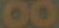
00